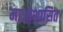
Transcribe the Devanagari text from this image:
माओशासित